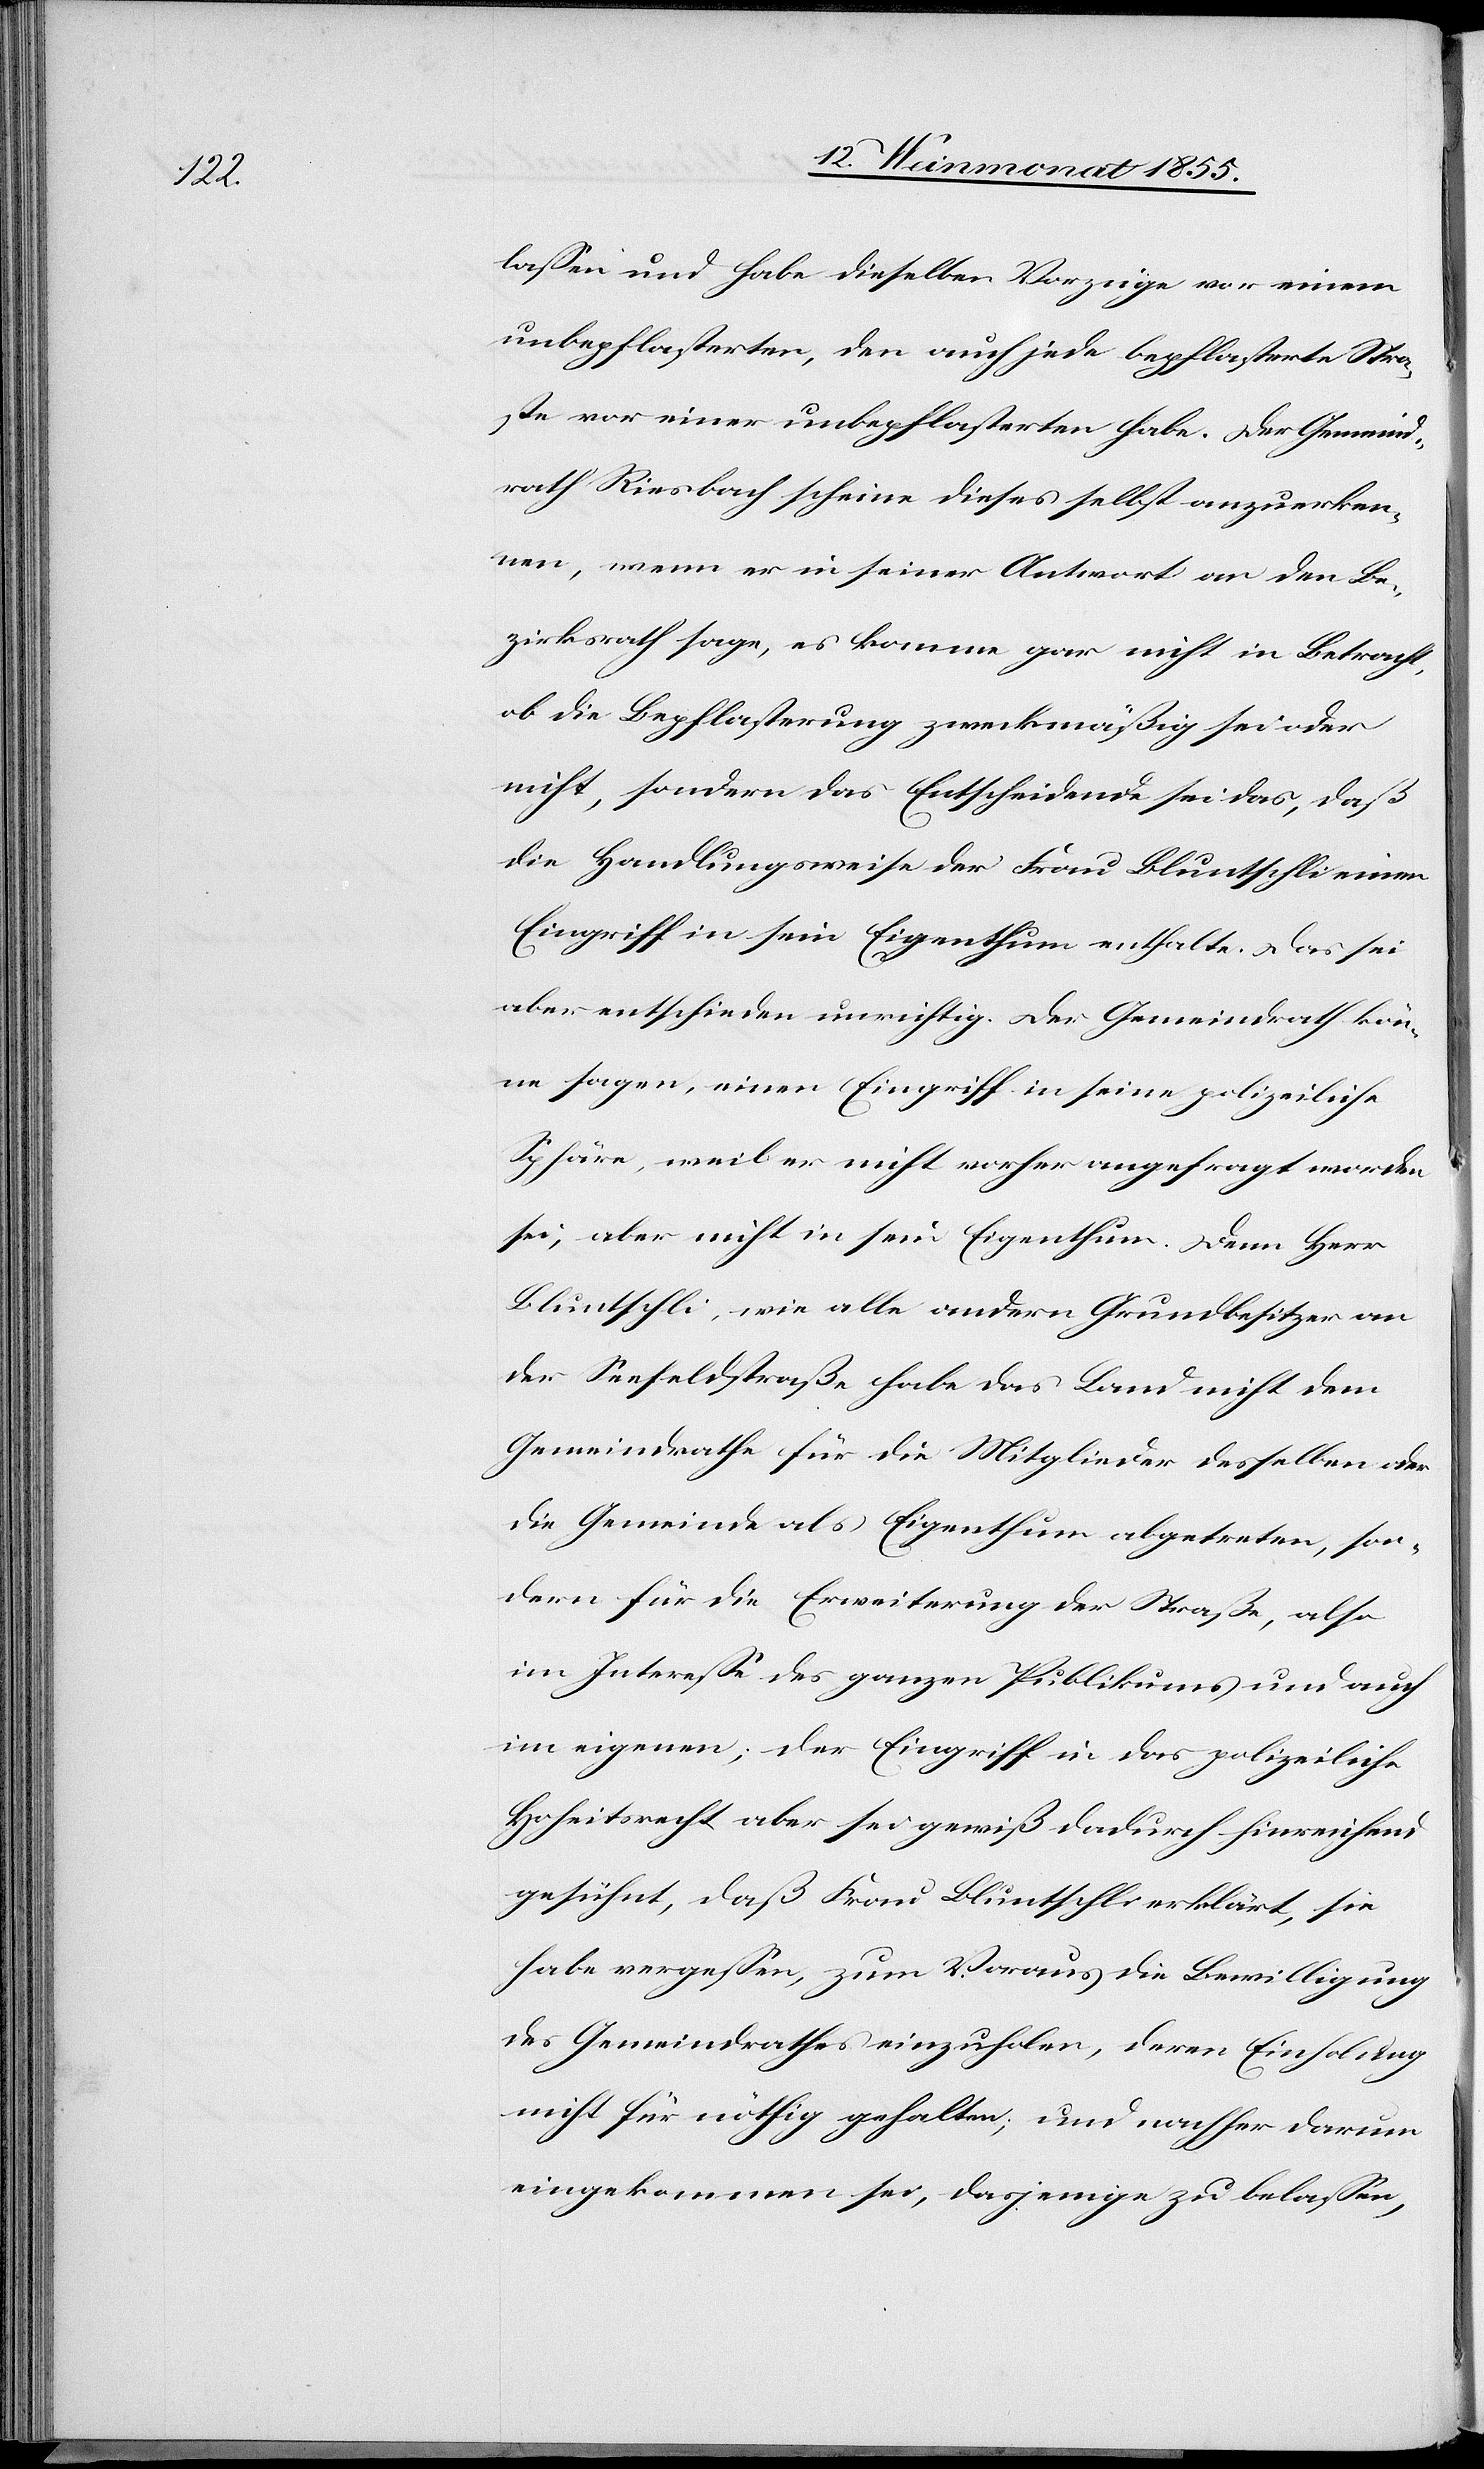
lassen und habe dieselben Vorzüge vor einem
unbepflasterten, den auch jede bepflasterte Stra¬
ße vor einer unbepflasterten habe. Der Gemeind¬
rath Riesbach scheine dieses selbst anzuerken¬
nen, wenn er in seiner Antwort an den Be¬
zirksrath sage, es komme gar nicht in Betracht,
ob die Bepflasterung zweckmäßig sei oder
nicht, sondern das Entscheidende sei das, daß
die Handlungsweise der Frau Bluntschli einen
Eingriff in sein Eigenthum enthalte. Das sei
aber entschieden unrichtig. Der Gemeindrath kön¬
ne sagen, einen Eingriff in seine polizeiliche
Sphäre, weil er nicht vorher angefragt worden
sei, aber nicht in sein Eigenthum. Denn Herr
Bluntschli, wie alle andern Grundbesitzer an
der Seefeldstraße habe das Land nicht dem
Gemeindrathe für die Mitglieder desselben oder
die Gemeinde als Eigenthum abgetreten, son¬
dern für die Erweiterung der Straße, also
im Interesse des ganzen Publikums und auch
im eigenen; der Eingriff in das polizeiliche
Hoheitsrecht aber sei gewiß dadurch hinreichend
gesühnt, daß Frau Bluntschli erklärt, sie
habe vergessen, zum Voraus die Bewilligung
des Gemeindrathes einzuholen, deren Einholung
nicht für nöthig gehalten; und nachher darum
eingekommen sei, dasjenige zu belassen,